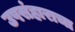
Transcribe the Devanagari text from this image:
उपसंहाराचा